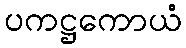
ပကဋ္ဌကောယံ